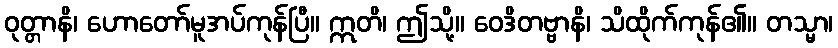
ဝုတ္တာနိ၊ ဟောတော်မူအပ်ကုန်ပြီ။ ဣတိ၊ ဤသို့။ ဝေဒိတဗ္ဗာနိ၊ သိထိုက်ကုန်၏။ တသ္မာ၊